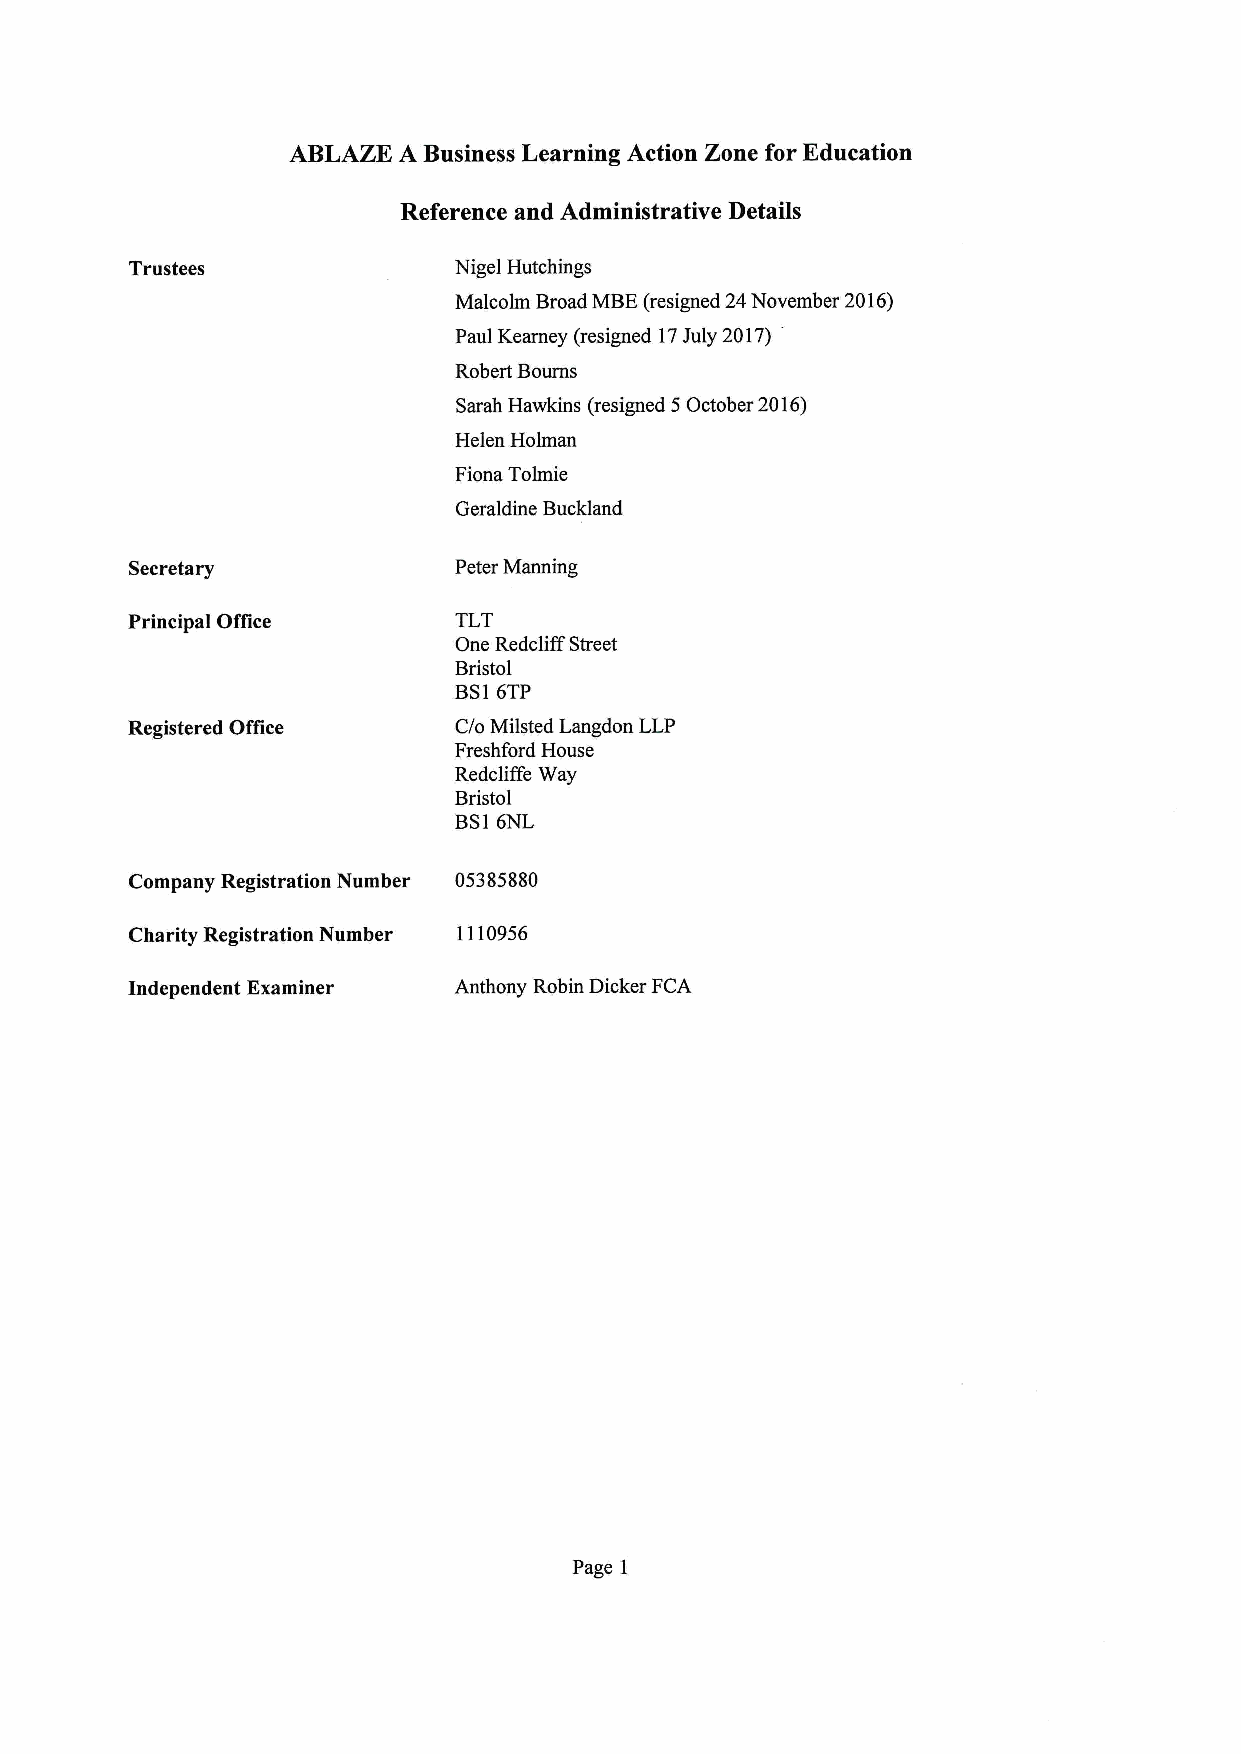
ABLAZE A Business Learning Action Zone for Education
 Reference and Administrative Details
 Trustees             Nigel Hutchings
 Malcolm Broad MBE(resigned 24November 2016)
 Paul Kearney (resigned 17July 2017) '
 Robert Bourns
 Sarah Hawkins (resigned 5October 2016)
 Helen Holman
 Fiona Tolmie
 Geraldine Buckland
 Secretary            Peter Manning
 Principal Office      TLT
 One Redcliff Street
 Bristol
 Bs16TP
 Registered Office     C/o Milsted Langdon LLP
 Freshford House
 Redcliffe Way
 Bristol
 BS16NL
 Company Registration Number 05385880
 Charity Registration Number 1110956
 Independent Examiner  Anthony Robin Dicker FCA
 Page 1